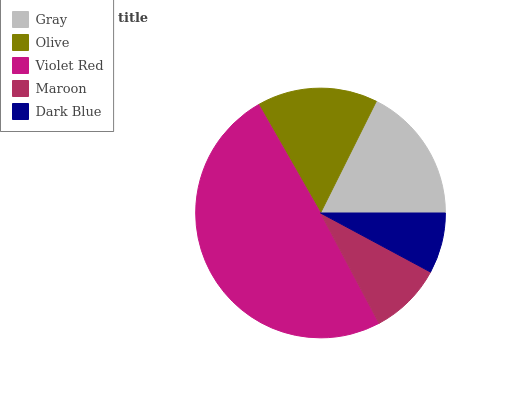
| Gray | Olive | Violet Red | Maroon | Dark Blue |
 | --- | --- | --- | --- | --- |
 | 17.7% | 15.6% | 49.5% | 9.39% | 7.84% |